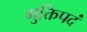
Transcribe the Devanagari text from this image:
मुक्तिपदं